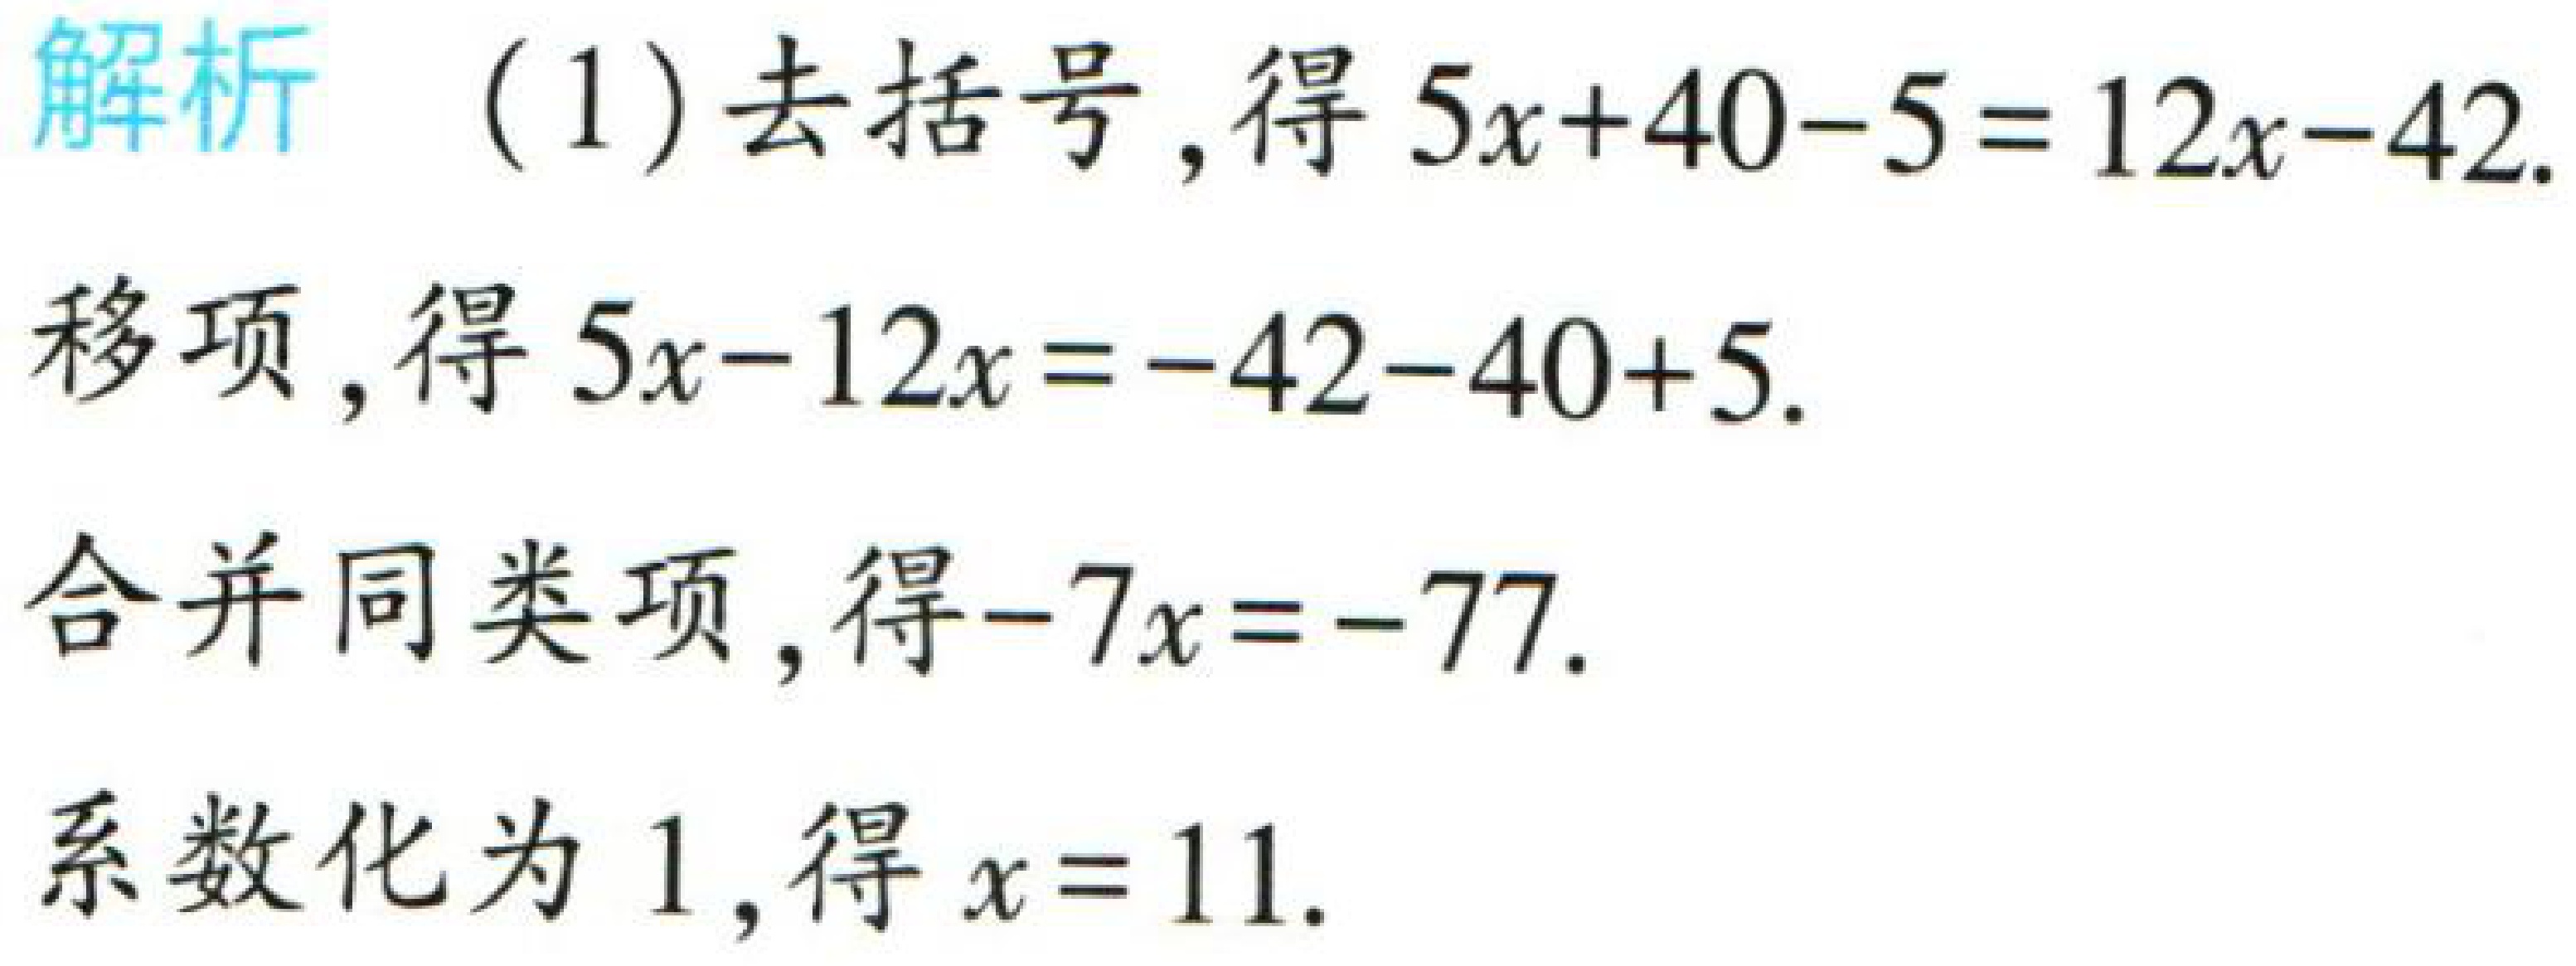
解析

(1) 去括号，得 \(5x + 40 - 5 = 12x - 42\).

移项，得 \(5x - 12x = -42 - 40 + 5\).

合并同类项，得 \(-7x = -77\).

系数化为 \(1\)，得 \(x = 11\).